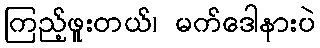
ကြည့်ဖူးတယ်၊ မက်ဒေါနားပဲ